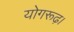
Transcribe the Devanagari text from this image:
योगरूढ़।